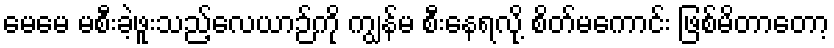
မေမေ မစီးခဲ့ဖူးသည့်လေယာဉ်ကို ကျွန်မ စီးနေရလို့ စိတ်မကောင်း ဖြစ်မိတာတော့